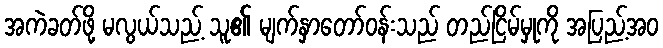
အကဲခတ်ဖို့ မလွယ်သည့် သူ၏ မျက်နှာတော်ဝန်းသည် တည်ငြိမ်မှုကို အပြည့်အဝ